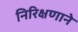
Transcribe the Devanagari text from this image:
निरिक्षणाने